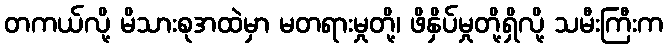
တကယ်လို့ မိသားစုအထဲမှာ မတရားမှုတို့၊ ဖိနှိပ်မှုတို့ရှိလို့ သမီးကြီးက